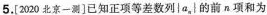
5.[2020北京一测]已知正项等差数列\left | a_{n}\right |的前n项和为